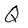
Character: Q